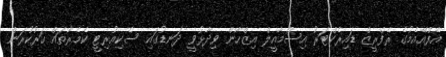
އެފްއޭއެމުގެ ރެފްރީޒް ޑައިރެކްޓަރު އިސްމާއީލް އިޒްހާން ވިދާޅުވީ ދަނޑުގައި ސެކިއުރިޓީ ކެމެރާތައް ހަރުކުރަން